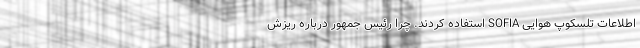
اطلاعات تلسکوپ هوایی SOFIA استفاده کردند. چرا رئیس جمهور درباره ریزش